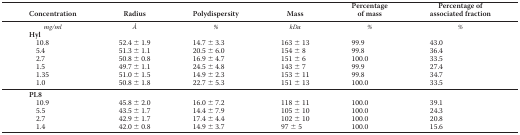
| Concentration | Radius | Polydispersity | Mass | Percentage of mass | Percentage of associated fraction |
 | --- | --- | --- | --- | --- | --- |
 | mg/ml | Å | % | kDa | % | % |
 | Hyl |  |  |  |  |  |
 | 10.8 | 52.4 ± 1.9 | 14.7 ± 3.3 | 163 ± 13 | 99.9 | 43.0 |
 | 5.4 | 51.3 ± 1.1 | 20.5 ± 6.0 | 154 ± 8 | 99.8 | 36.4 |
 | 2.7 | 50.8 ± 0.8 | 16.9 ± 4.7 | 151 ± 6 | 100.0 | 33.5 |
 | 1.5 | 49.7 ± 1.1 | 24.5 ± 4.8 | 143 ± 7 | 99.9 | 27.4 |
 | 1.35 | 51.0 ± 1.5 | 14.9 ± 2.3 | 153 ± 11 | 99.8 | 34.7 |
 | 1.0 | 50.8 ± 1.8 | 22.7 ± 5.3 | 151 ± 13 | 100.0 | 33.5 |
 | PL8 |  |  |  |  |  |
 | 10.9 | 45.8 ± 2.0 | 16.0 ± 7.2 | 118 ± 11 | 100.0 | 39.1 |
 | 5.5 | 43.5 ± 1.7 | 14.4 ± 7.9 | 105 ± 10 | 100.0 | 24.3 |
 | 2.7 | 42.9 ± 1.7 | 17.4 ± 4.4 | 102 ± 10 | 100.0 | 20.8 |
 | 1.4 | 42.0 ± 0.8 | 14.9 ± 3.7 | 97 ± 5 | 100.0 | 15.6 |